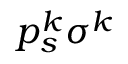
p _ { s } ^ { k } \sigma ^ { k }